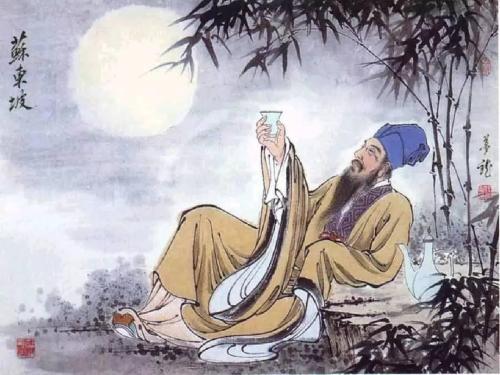
问汝平生功业，黄州惠州儋州。